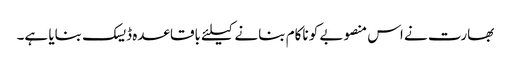
بھارت نے اس منصوبے کو ناکام بنانے کیلئے باقاعدہ ڈیسک بنایا ہے۔